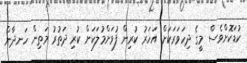
ކުޑަކޮށްވެސް މީގެ ދިހަވަރަކަށް އަހަރު ކުރިން ފުވަށްމުލަކަށް ކުރި ދަތުރު މަތިން ހަނދާން